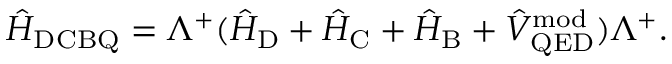
\hat { H } _ { \mathrm { D C B Q } } = \Lambda ^ { + } ( \hat { H } _ { \mathrm { D } } + \hat { H } _ { \mathrm { C } } + \hat { H } _ { \mathrm { B } } + \hat { V } _ { \mathrm { Q E D } } ^ { \mathrm { m o d } } ) \Lambda ^ { + } .